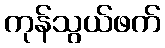
ကုန်သွယ်ဖက်